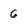
Character: 6